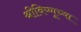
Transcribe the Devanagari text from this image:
श्रीविष्णूच्या